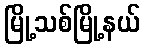
မြို့သစ်မြို့နယ်